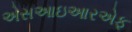
એસઆઇઆરએફ